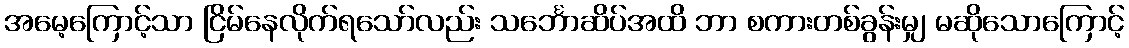
အမေ့ကြောင့်သာ ငြိမ်နေလိုက်ရသော်လည်း သင်္ဘောဆိပ်အထိ ဘာ စကားတစ်ခွန်းမျှ မဆိုသောကြောင့်